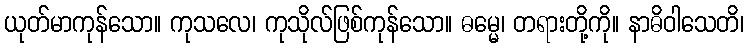
ယုတ်မာကုန်သော။ ကုသလေ၊ ကုသိုလ်ဖြစ်ကုန်သော။ ဓမ္မေ၊ တရားတို့ကို။ နာဓိဝါသေတိ၊